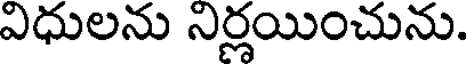
విధులను నిర్లయించును.